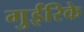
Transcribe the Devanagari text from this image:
गुईरिके